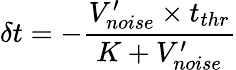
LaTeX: \delta t=-\frac{V_{noise}^{\prime}\times t_{thr}}{K+V_{noise}^{\prime}}